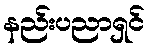
နည်းပညာရှင်